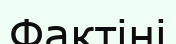
Фактіні